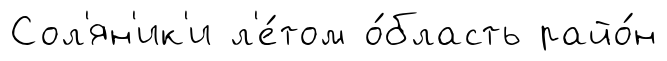
Сол'ян'ик'и л'е́том о́бласть райо́н